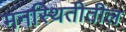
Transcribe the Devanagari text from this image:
मनस्थितीतील